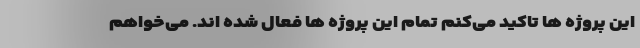
این پروژه ها تاکید می‌کنم تمام این پروژه ها فعال شده اند. می‌خواهم